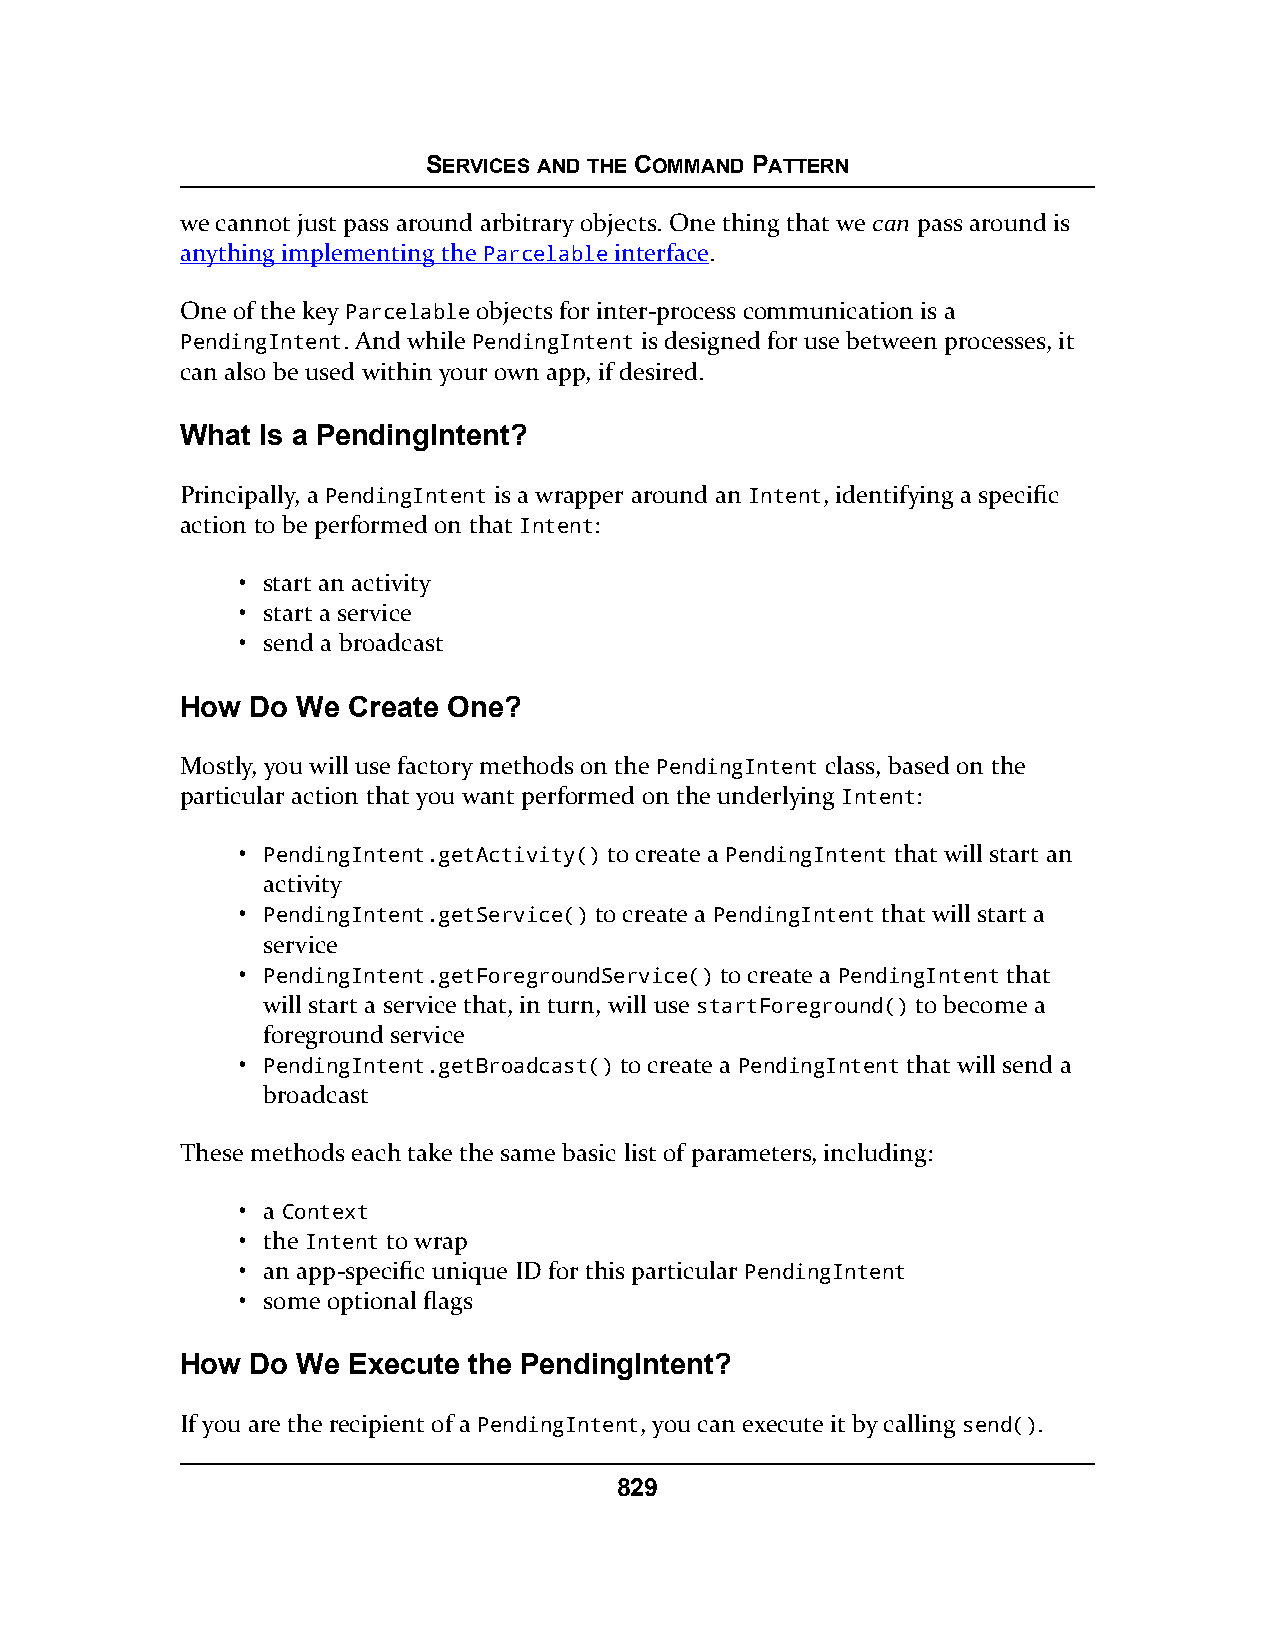
SERVICES AND THE COMMAND PATTERN
 we cannot just pass around arbitrary objects. One thing that we can pass around is
 anything implementing the Parcelable interface.
 One of the key Parcelable objects for inter-process communication is a
 PendingIntent. And while PendingIntent is designed for use between processes, it
 can also be used within your own app, if desired.
 What Is a PendingIntent?
 Principally, a PendingIntent is a wrapper around an Intent, identifying a specific
 action to be performed on that Intent:
 • start an activity
 • start a service
 • send a broadcast
 How  Do We Create One?
 Mostly, you will use factory methods on the PendingIntent class, based on the
 particular action that you want performed on the underlying Intent:
 • PendingIntent.getActivity() to create a PendingIntent that will start an
 activity
 • PendingIntent.getService() to create a PendingIntent that will start a
 service
 • PendingIntent.getForegroundService() to create a PendingIntent that
 will start a service that, in turn, will use startForeground() to become a
 foreground service
 • PendingIntent.getBroadcast() to create a PendingIntent that will send a
 broadcast
 These methods each take the same basic list of parameters, including:
 • a Context
 • the Intent to wrap
 • an app-specific unique ID for this particular PendingIntent
 • some optional flags
 How  Do We Execute the PendingIntent?
 If you are the recipient of a PendingIntent, you can execute it by calling send().
 829